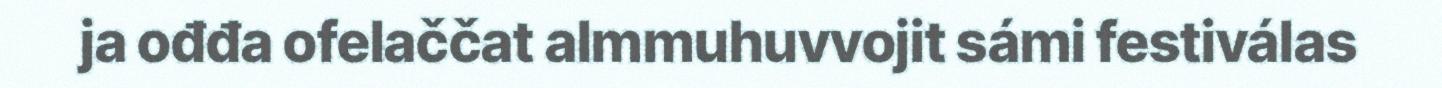
ja ođđa ofelaččat almmuhuvvojit sámi festiválas